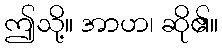
ဤသို့။ အာဟ၊ ဆို၏။